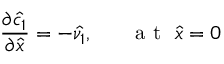
\frac { \partial \hat { c _ { 1 } } } { \partial \hat { x } } = - \hat { \nu _ { 1 } } , ~ ~ ~ ~ ~ \mathrm { ~ a ~ t ~ } ~ \hat { x } = 0